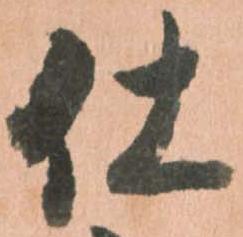
仕